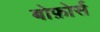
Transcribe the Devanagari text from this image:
बोफ़ोर्स